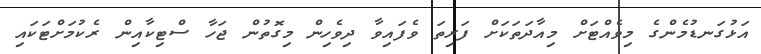
އަޅުގަނޑުމެންގެ މިވެއްޓަށް މިއާދަތަކަށް ފަރިތަ ވެފައިވާ ދިވެހިން މިގޮތުން ޖަހާ ސްޓިކާއިން ރެކުމަށްޓަކައި